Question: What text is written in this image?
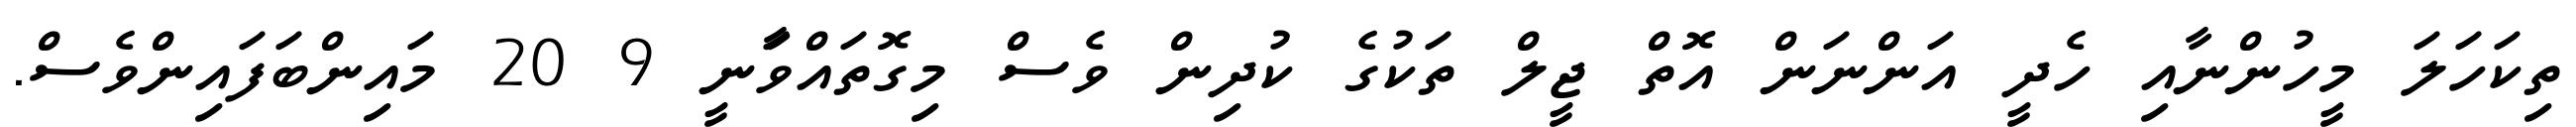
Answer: ތިކަހަލަ މީހުންނާއި ހެދީ އަންނަން އޮތް ޖީލް ތަކުގެ ކުދިން ވެސް މިގޮތައްވަާނީ 9 20 މައިންބަފައިންވެސް.